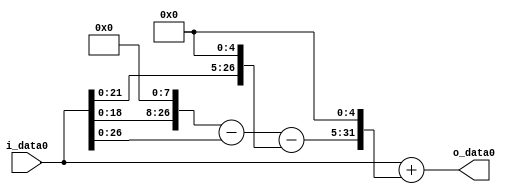
module multiplier_block (
    i_data0,
    o_data0
);

  // Port mode declarations:
  input   [31:0] i_data0;
  output  [31:0]
    o_data0;

  //Multipliers:

  wire [31:0]
    w1,
    w256,
    w255,
    w32,
    w223,
    w7136,
    w7137;

  assign w1 = i_data0;
  assign w223 = w255 - w32;
  assign w255 = w256 - w1;
  assign w256 = w1 << 8;
  assign w32 = w1 << 5;
  assign w7136 = w223 << 5;
  assign w7137 = w1 + w7136;

  assign o_data0 = w7137;

  //multiplier_block area estimate = 4903.11357282206;
endmodule